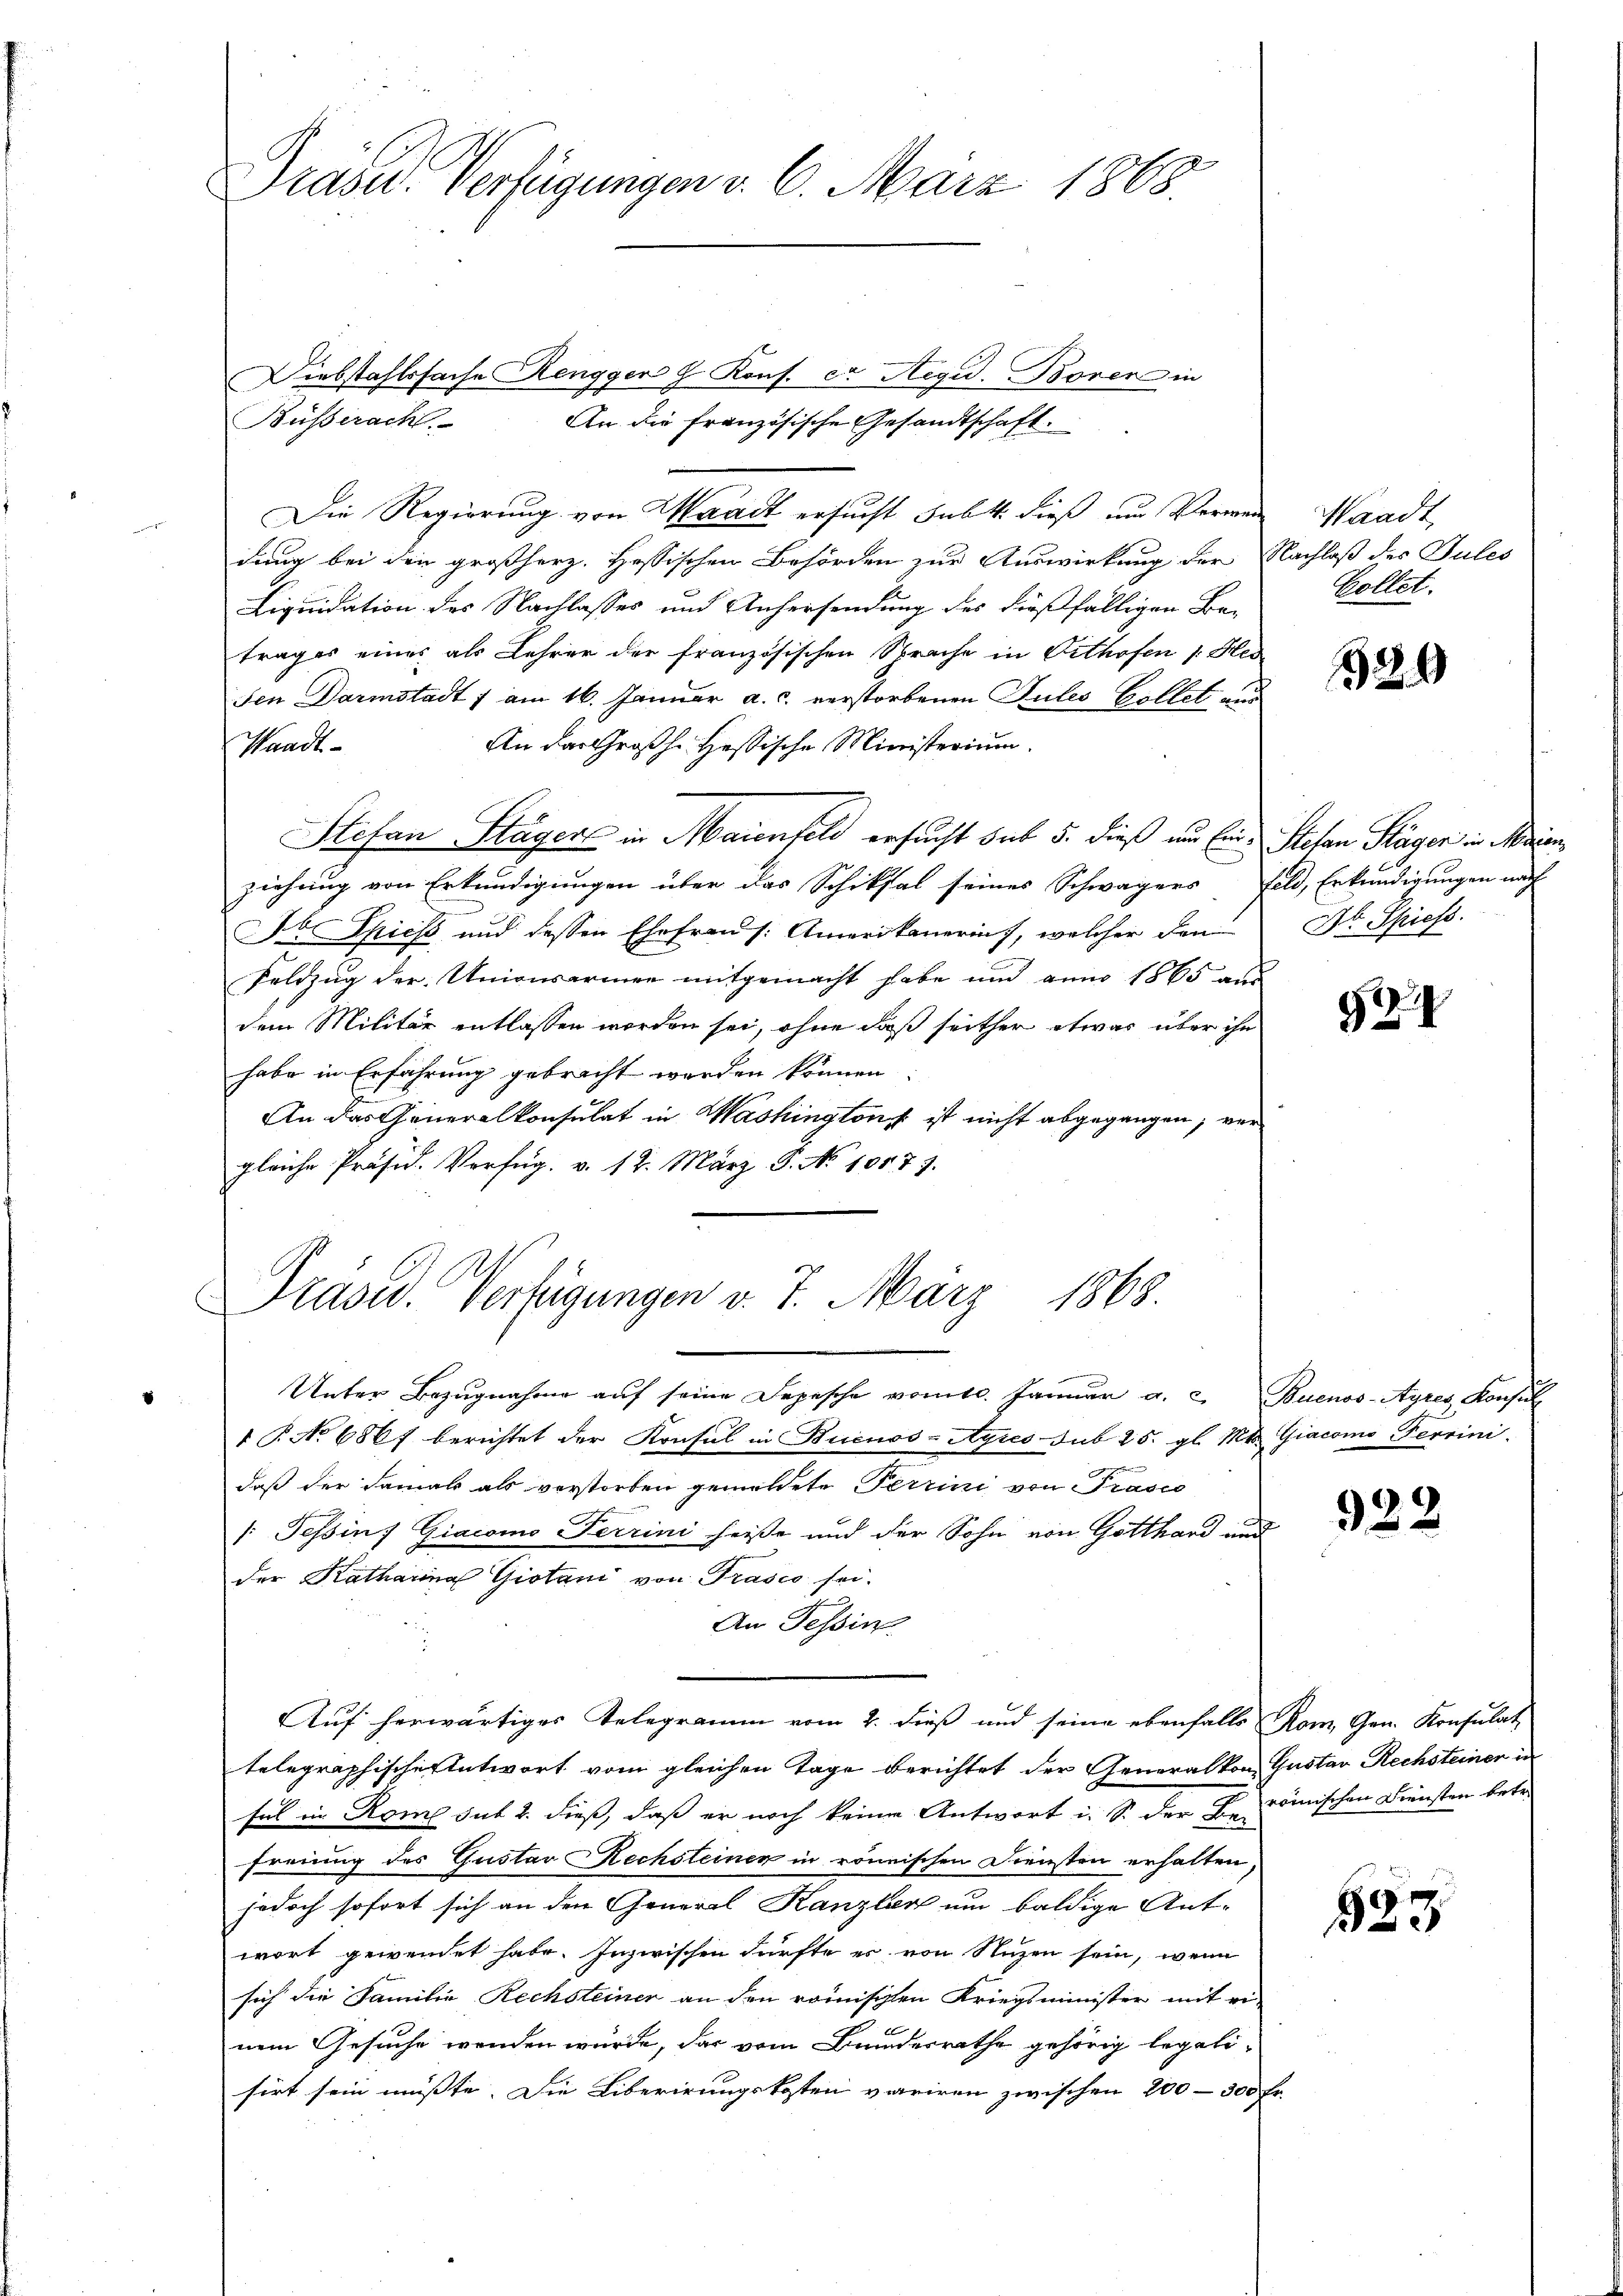
Präser Verfügungen v. 6. März 1868.

Diebstahlssache Rengger h. Kons. er Aegid. Boren in
An die Französische Gesandtschaft.
Die Regierung von Waadt ersucht subt dieß und Verweige Waadt,
dung bei den großherz. Hessischen Behörden zur Auswirkung der Nachlaß des Pules
Liquidation des Nachlasses und Anhersendung des dießfälligen Be-
trages eines als Lehrer der französischen Sprache in Vithofen 1. Her
sen Darmstadt f am 16. Januar a. c. verstorbenen Sules Collet aus
An das Großh. Hessische Ministerium.
Waadt
Stefan Stägers in Maienfeld ersucht sub 5. dieß und Eine Stefan Stäger in Marien
ziehung von Erkundigungen über das Schiksal seines Schwägers Feld, Erkundigungen nach
Dr. Spiess, und dessen Ehefrau s. Amerikanerin, welcher den
Feldzug der Univerarmen mitgemacht habe und anno 1865 aus
dem Militär entlassen worden sei, ohne daß seither etwas über ihn
habe in Erfahrung gebracht werden können.
An das Generalkonsulat in Washington ist nicht abgegangen, vergleiche Präsid. Verfüg. v. 12. März P. No 10577.
Traved. Verfügungen v. 7. März 1868.
Unter Bezŭgnahme aŭf seine Depesche vom 10. Januar a. u. Buenos-Ayres Konsul
e
1 P. No 686 f berichtet der Konsul in Buenos-Ayres sub 25. gl. Mts. Giacomo Ferrini
daß der Samals als verstorben gemeldete Ferrini von Präses
/: Tessin 7 Giacomo Terrini heisse und der Sohn von Gotthard und
der Katharina Giotani von Prasco sei.
An Tessin
Auf herwärtiges Telegramm vom 2. dieß und seine ebenfalls Rom Gen. Konsulat
telegraphischer Antwort vom gleichen Tage berichtet der Generalkon Gustav Rechsteiner u
fal in Rome sub 2. dieß, daß er noch keine Antwort u. S. der Frömischen Diensten betr.
freiung des Gustav Rechsteiner in rönnischen Diensten erhalten,
jedoch sofort sich an den General Kanzler um baldige Ant-
wort gewendet habe. Inzwischen dürfte er von Nuzen sein, wenn
sich die Familie Rechsteiner an den römischen Kriegsminister mit ei-
nem Gesuche wenden würde, das vom Bundesrathe gehörig legali-
sirt sein müsste. Die Liberirungskosten variren zwischen 200–300 Fr.

Busseracht

Collet.

329

Dr. Spiess.

24

922

523.